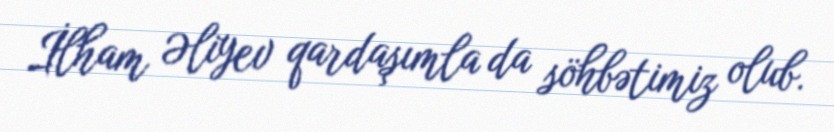
İlham Əliyev qardaşımla da söhbətimiz olub.